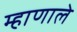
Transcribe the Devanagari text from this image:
म्हाणाले